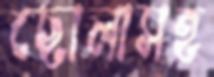
ছোলাসহ